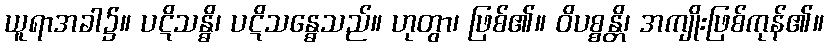
ယူရာအခါ၌။ ပဋိသန္ဓိ၊ ပဋိသန္ဓေသည်။ ဟုတွာ၊ ဖြစ်၏။ ဝိပစ္စန္တိ၊ အကျိုးဖြစ်ကုန်၏။